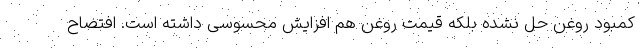
کمبود روغن حل نشده بلکه قیمت روغن هم افزایش محسوسی داشته است. افتضاح